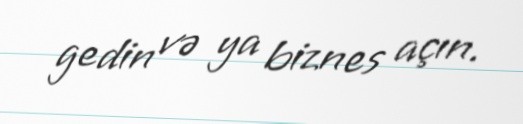
gedin və ya biznes açın.